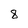
Character: 8